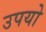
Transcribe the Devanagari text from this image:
उपयो